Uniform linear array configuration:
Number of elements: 24
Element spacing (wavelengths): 0.25
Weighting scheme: cosine
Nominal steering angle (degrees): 60
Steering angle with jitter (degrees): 59.86
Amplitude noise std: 0.05
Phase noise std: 0.05

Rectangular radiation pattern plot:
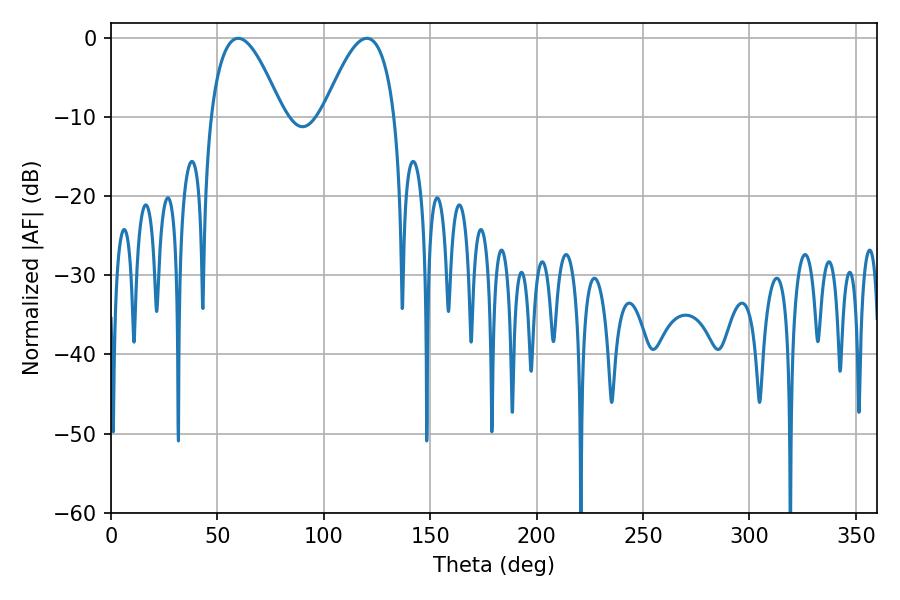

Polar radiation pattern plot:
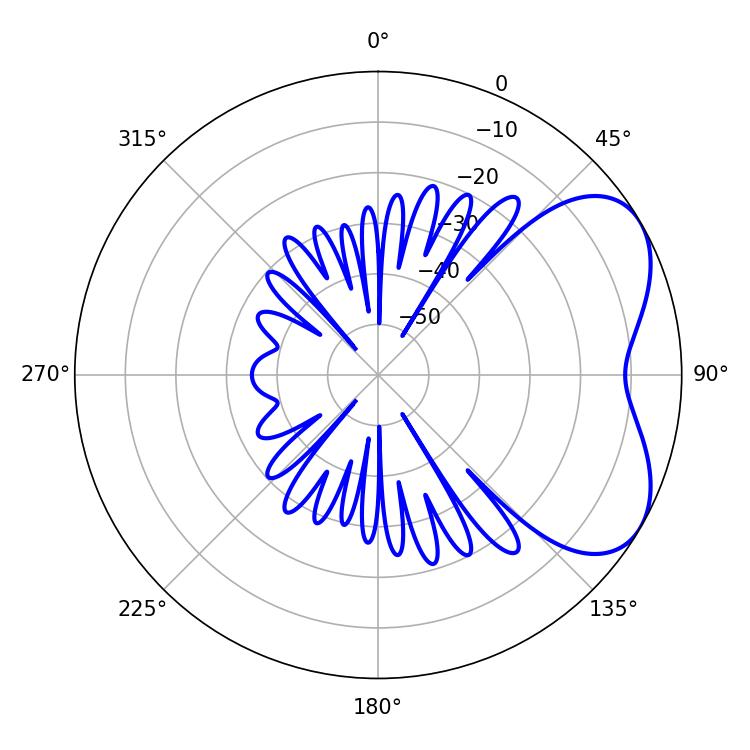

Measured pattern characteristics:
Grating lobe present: FALSE
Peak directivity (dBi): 5.033
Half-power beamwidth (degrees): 18.54
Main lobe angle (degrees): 59.76